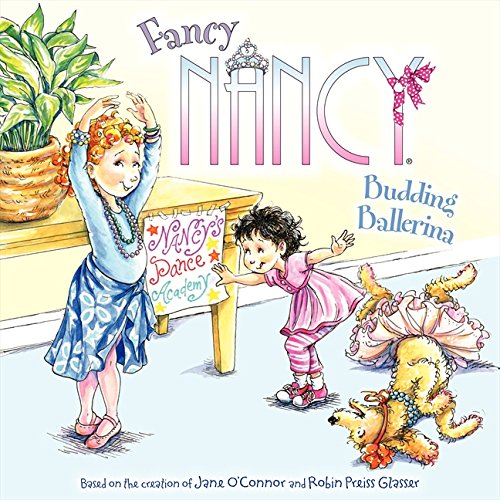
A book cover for Fancy Nancy: Budding Ballerina; Jane O'Connor; Children's Books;